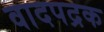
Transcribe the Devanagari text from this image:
वादपद्रक